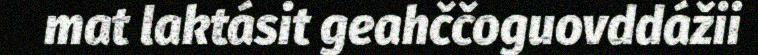
mat laktásit geahččoguovddážii